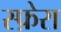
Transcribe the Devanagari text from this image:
स्फ़ेरा